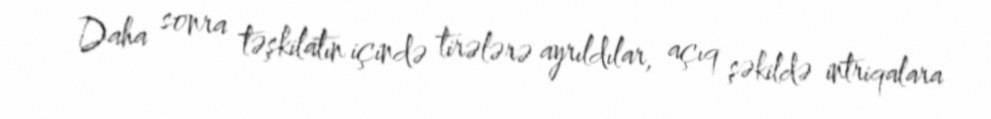
Daha sonra təşkilatın içində tirələrə ayrıldılar, açıq şəkildə intriqalara